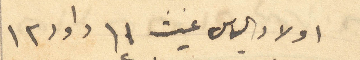
اولاد الياس غيث 11 داود 12